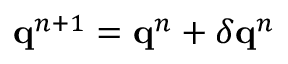
\mathbf { q } ^ { n + 1 } = \mathbf { q } ^ { n } + \delta \mathbf { q } ^ { n }